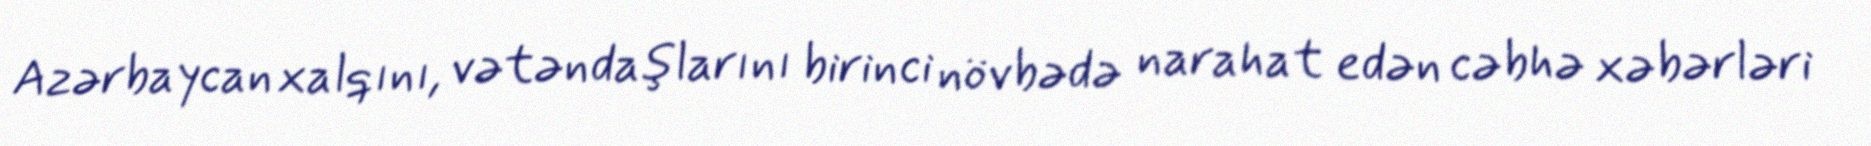
Azərbaycan xalqını, vətəndaşlarını birinci növbədə narahat edən cəbhə xəbərləri